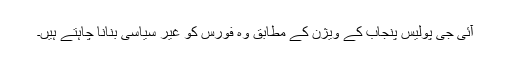
آئی جی پولیس پنجاب کے ویژن کے مطابق وہ فورس کو غیر سیاسی بنانا چاہتے ہیں۔